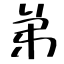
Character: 弟